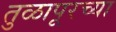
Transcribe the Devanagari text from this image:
तुळापूरच्या